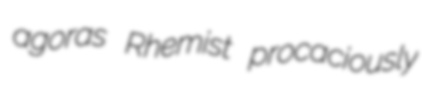
agoras Rhemist procaciously